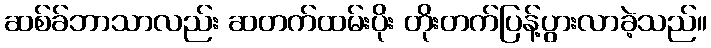
ဆစ်ခ်ဘာသာလည်း ဆတက်ထမ်းပိုး တိုးတက်ပြန့်ပွားလာခဲ့သည်။